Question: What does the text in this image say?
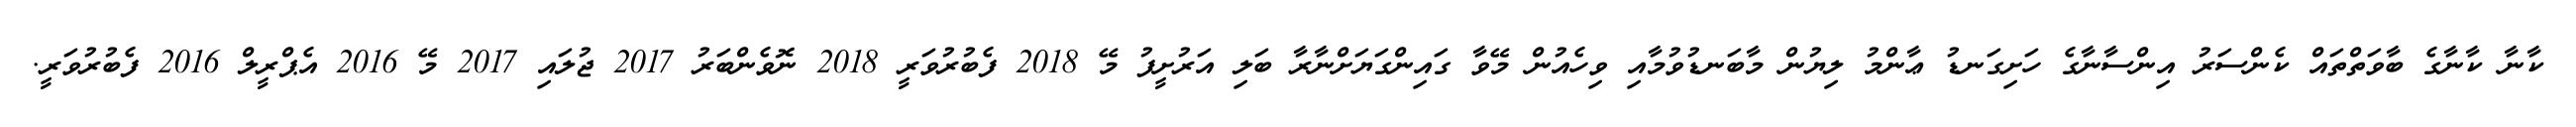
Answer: ކާނާ ކާނާގެ ބާވަތްތައް ކެންސަރު އިންސާނާގެ ހަށިގަނޑު ޢާންމު ލިޔުން މާބަނޑުވުމާއި ވިހެއުން މޭވާ ގައިންގަޔަށްނާރާ ބަލި އަރުށީފު މޭ 2018 ފެބުރުވަރީ 2018 ނޮވެންބަރު 2017 ޖުލައި 2017 މޭ 2016 އެޕްރީލް 2016 ފެބުރުވަރީ.